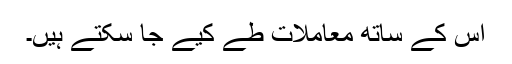
اس کے ساتھ معاملات طے کیے جا سکتے ہیں۔